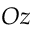
O z